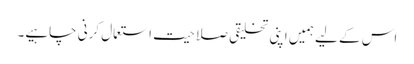
اس کے لیے ہمیں اپنی تخلیقی صلاحیت استعمال کرنی چاہیے۔